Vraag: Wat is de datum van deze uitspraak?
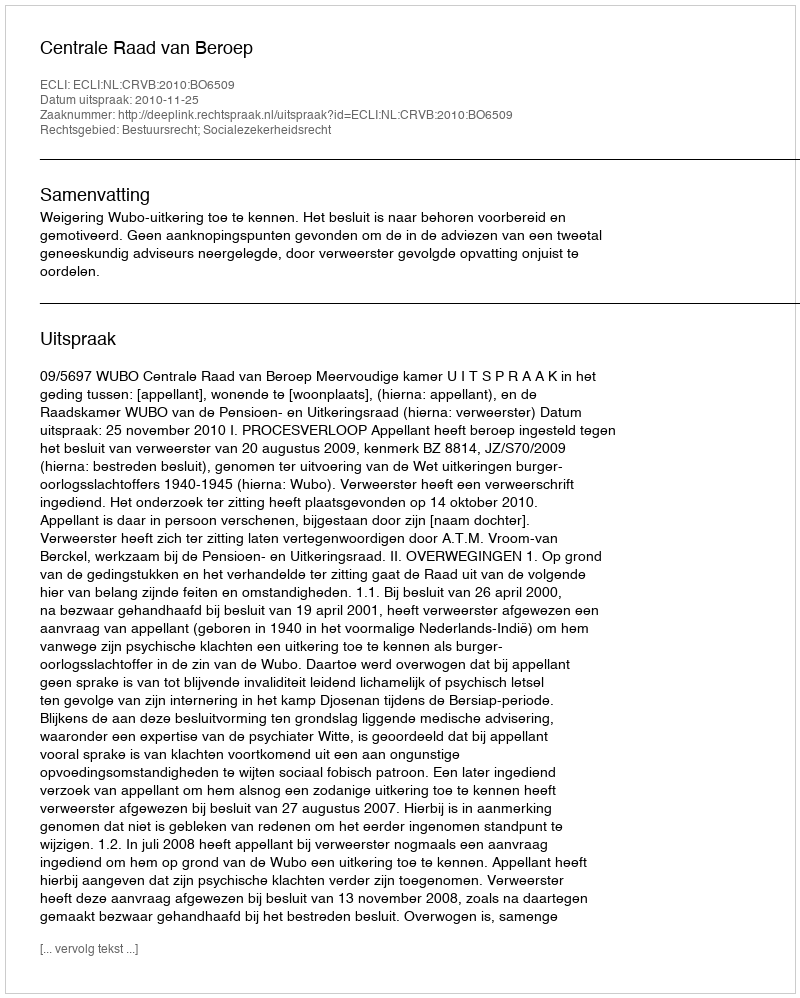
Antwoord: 2010-11-25